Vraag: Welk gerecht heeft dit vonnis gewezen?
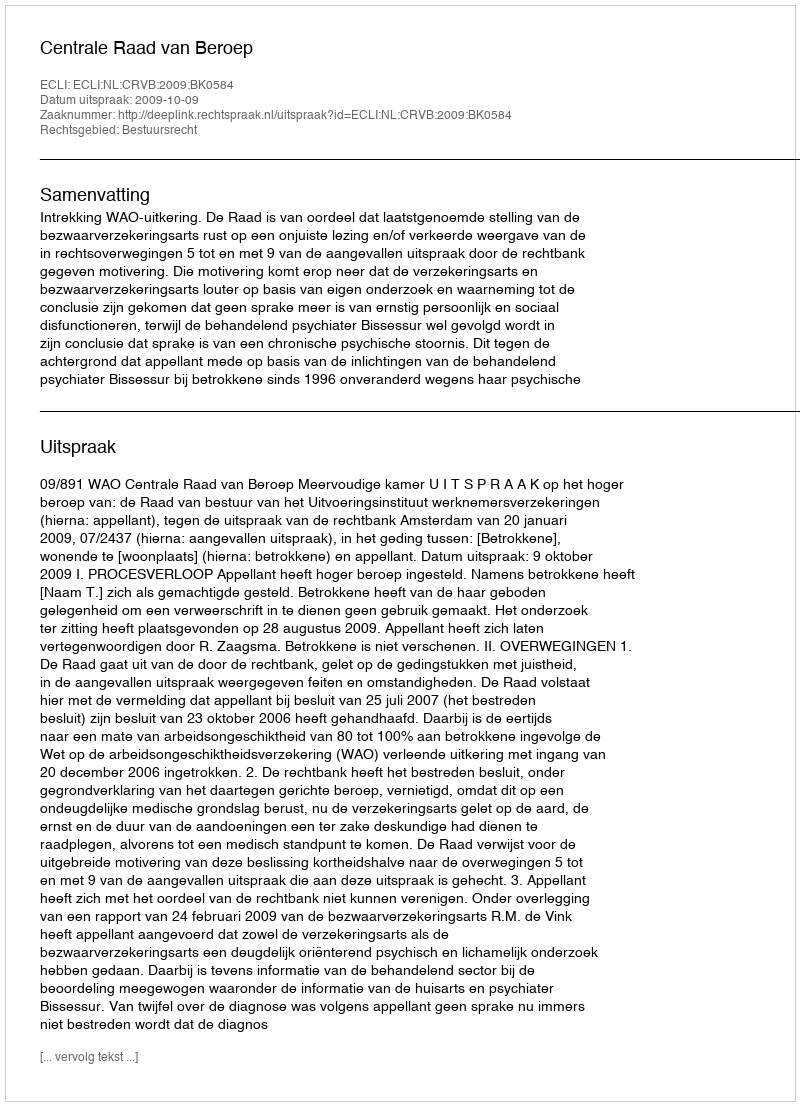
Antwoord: Centrale Raad van Beroep